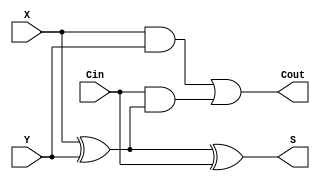
module adder1bit (
    input wire X,
    input wire Y,
    input wire Cin,
    output wire S,
    output wire Cout
);
    wire xor1;

    assign xor1 = X ^ Y;
    assign S = xor1 ^ Cin;
    assign Cout = (X & Y) | (Cin & xor1);

endmodule